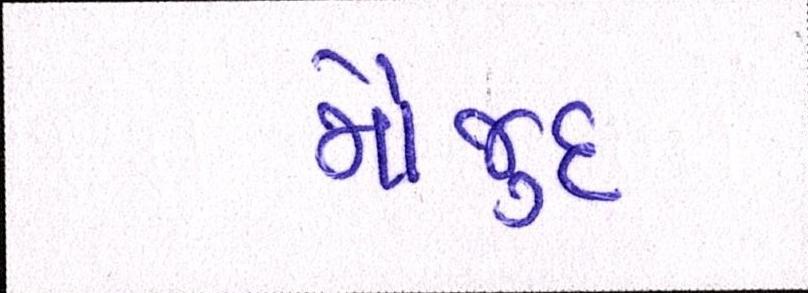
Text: મૌજુદ